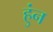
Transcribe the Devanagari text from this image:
हुंन